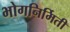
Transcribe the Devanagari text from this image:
भोगनिर्मिती